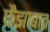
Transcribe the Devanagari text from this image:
फैझाबात